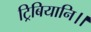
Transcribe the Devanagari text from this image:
ट्रिबियानि।।